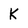
Character: K